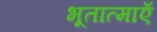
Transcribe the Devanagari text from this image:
भूतात्माएँ